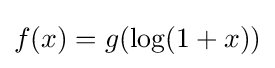
f(x)=g(\log(1+x))